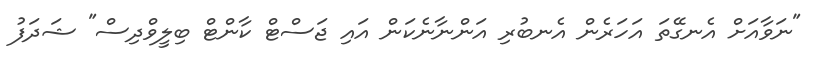
"ނަވާއަށް އެނގޭތަ އަހަރެން އެނބުރި އަންނާނެކަން އައި ޖަސްޓް ކާންޓް ބިލީވްދިސް" ޝަދަފު